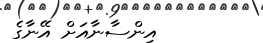
އިންސާނާއަށް އޭނާގެ